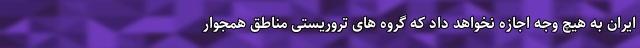
ایران به هیچ وجه اجازه نخواهد داد که گروه های تروریستی مناطق همجوار